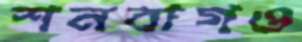
শনবাগও